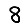
Digit: 8